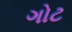
ગોટ